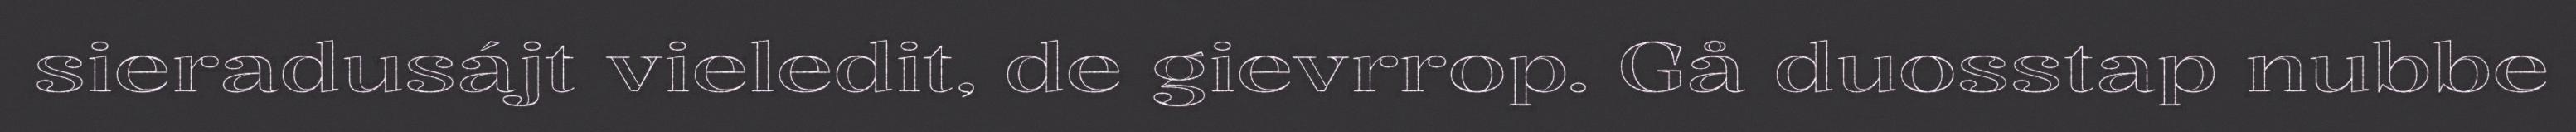
sieradusájt vieledit, de gievrrop. Gå duosstap nubbe